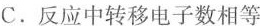
C.反应中转移电子数相等